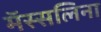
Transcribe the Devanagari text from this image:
मॅस्सलिना